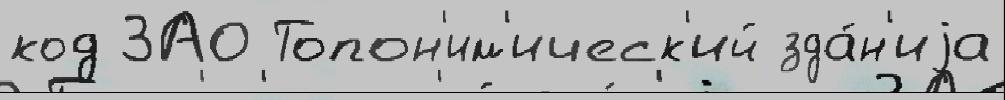
код ЗАО Топон'им'ическ'ий зда́н'иjа